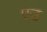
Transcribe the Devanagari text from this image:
एउ